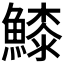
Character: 𩺲